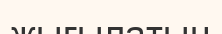
жығылатын